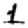
Digit: 1